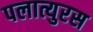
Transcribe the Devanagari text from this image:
पलात्युरस